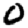
Digit: 0